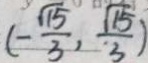
( - \frac { \sqrt { 1 5 } } { 3 } , \frac { \sqrt { 1 5 } } { 3 } )